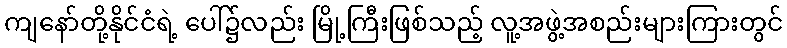
ကျနော်တို့နိုင်ငံရဲ့ ပေါ်၌လည်း မြို့ကြီးဖြစ်သည့် လူ့အဖွဲ့အစည်းများကြားတွင်